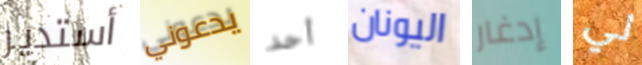
أستدير يدعوني أحد اليونان إدغار لي